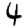
Digit: 4